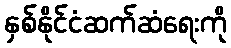
နှစ်နိုင်ငံဆက်ဆံရေးကို